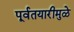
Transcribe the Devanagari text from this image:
पूर्वतयारीमुळे